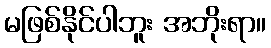
မဖြစ်နိုင်ပါဘူး အဘိုးရာ။